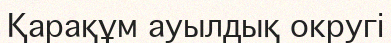
Қарақұм ауылдық округі